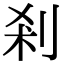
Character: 刹